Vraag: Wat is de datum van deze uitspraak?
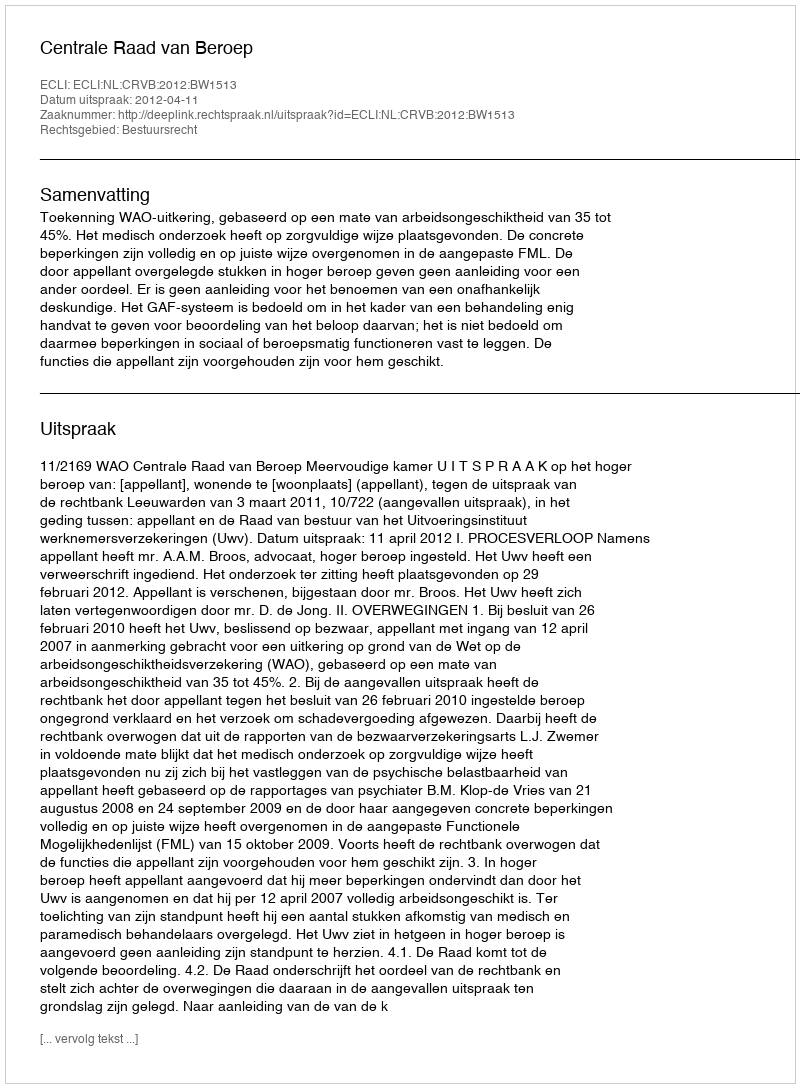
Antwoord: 2012-04-11